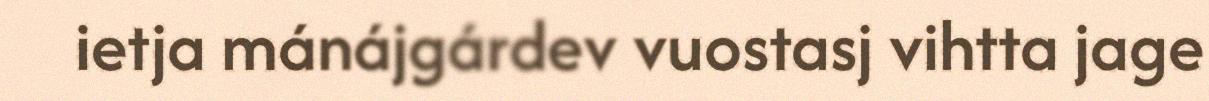
ietja mánájgárdev vuostasj vihtta jage